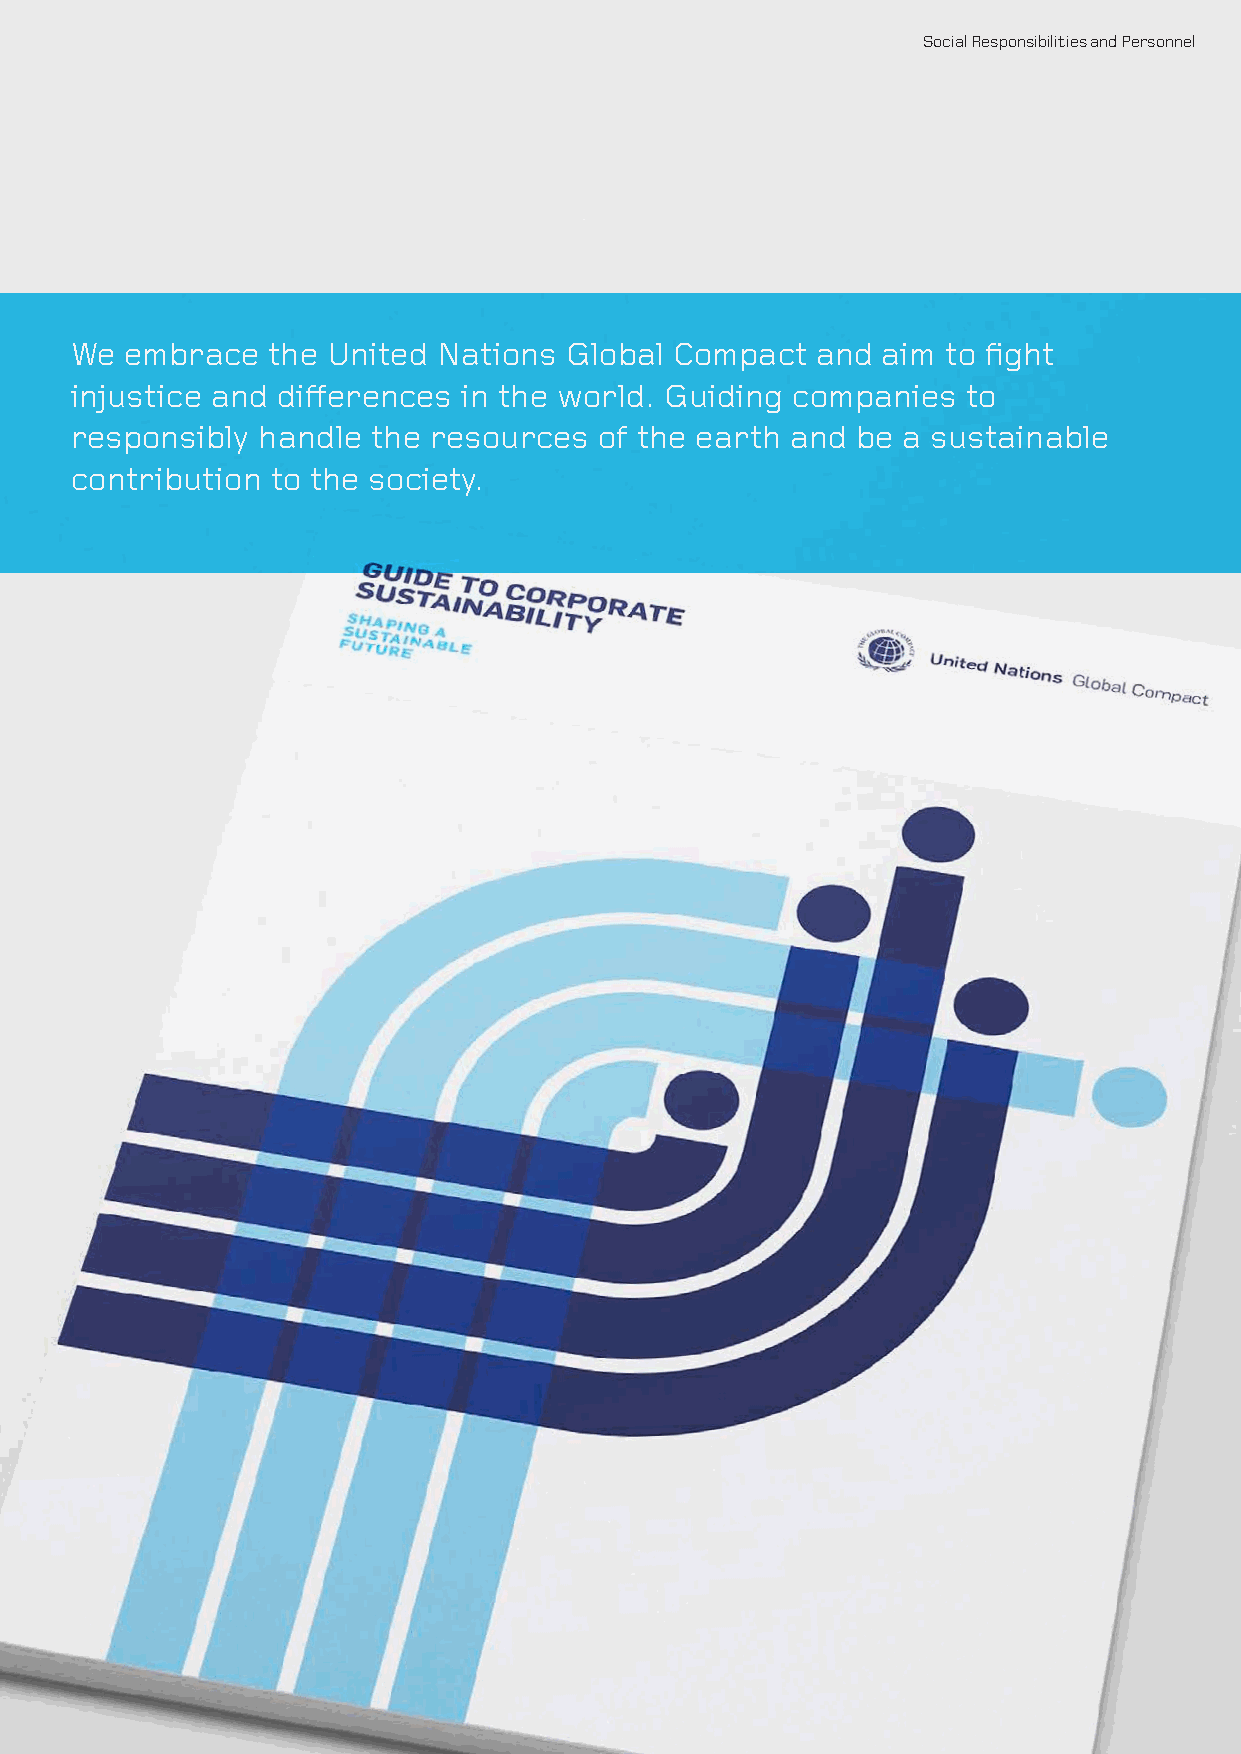
Social Responsibilities and Personnel
 We embrace   the United Nations Global  Compact  and aim  to fight
 injustice and differences in the world. Guiding companies  to
 responsibly handle  the resources  of the earth and be a sustainable
 contribution to the society.
 47